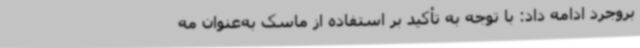
بروجرد ادامه داد: با توجه به تأکید بر استفاده از ماسک به‌عنوان مه